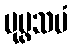
ပုပ္ဖသမံ